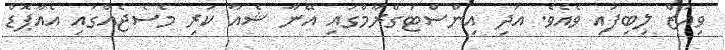
ވިއުޒް ލިބިފައި ވެއެވެ. އަދި އިންސްޓަގްރާމްގައި އޭނާ ޝެއާ ކުރި މެސެޖެއްގައި އެއާޕޮޑް